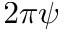
2 \pi \psi